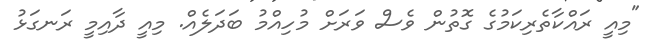
"މިއީ ރައްކާތެރިކަމުގެ ގޮތުން ވެސް ވަރަށް މުހިއްމު ބަދަލެއް. މިއީ ދާއިމީ ރަނގަޅު